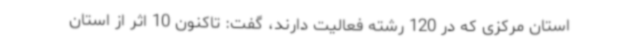
استان مرکزی که در 120 رشته فعالیت دارند، گفت: تاکنون 10 اثر از استان